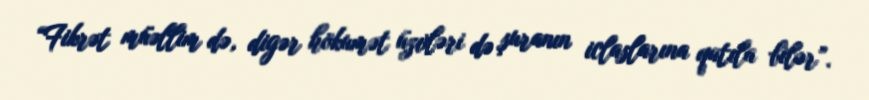
“Fikrət müəllim də, digər hökumət üzvləri də şuranın iclaslarına qatıla bilər”.